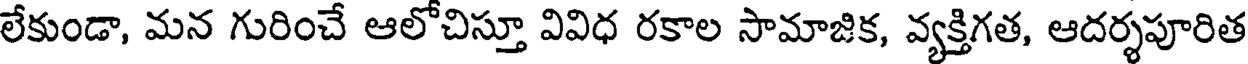
లేకుండా, మన గురించే ఆలోచిస్తూ వివిధ రకాల సామాజిక, వ్యక్తిగత, ఆదర్శపూరిత